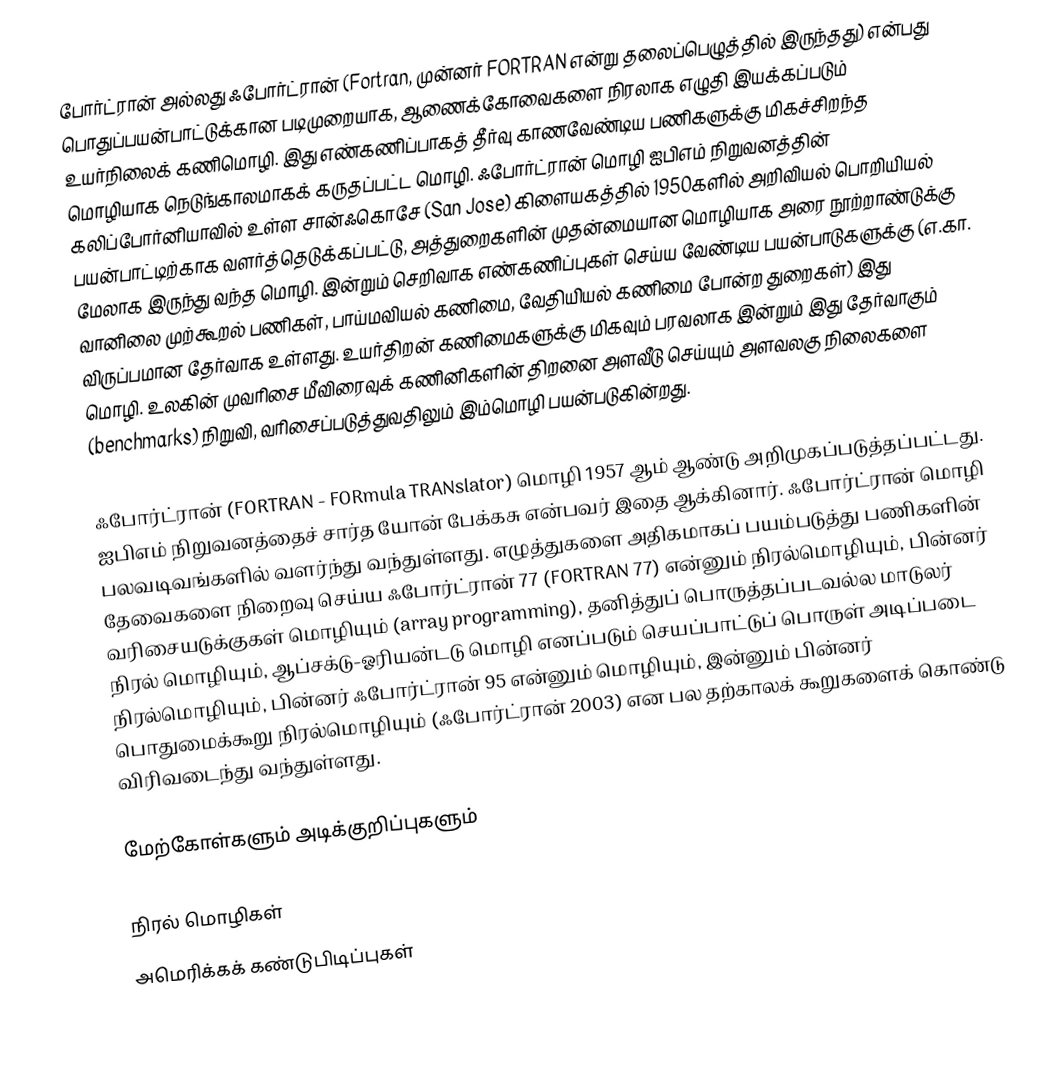
போர்ட்ரான் அல்லது ஃபோர்ட்ரான் (Fortran, முன்னர் FORTRAN என்று தலைப்பெழுத்தில் இருந்தது) என்பது பொதுப்பயன்பாட்டுக்கான படிமுறையாக, ஆணைக்கோவைகளை நிரலாக எழுதி இயக்கப்படும் உயர்நிலைக் கணிமொழி. இது எண்கணிப்பாகத் தீர்வு காணவேண்டிய பணிகளுக்கு மிகச்சிறந்த மொழியாக நெடுங்காலமாகக் கருதப்பட்ட மொழி. ஃபோர்ட்ரான் மொழி ஐபிஎம் நிறுவனத்தின் கலிப்போர்னியாவில் உள்ள சான்ஃகொசே (San Jose) கிளையகத்தில் 1950களில் அறிவியல் பொறியியல் பயன்பாட்டிற்காக வளர்த்தெடுக்கப்பட்டு, அத்துறைகளின் முதன்மையான மொழியாக அரை நூற்றாண்டுக்கு மேலாக இருந்து வந்த மொழி. இன்றும் செறிவாக எண்கணிப்புகள் செய்ய வேண்டிய பயன்பாடுகளுக்கு (எ.கா. வானிலை முற்கூறல் பணிகள், பாய்மவியல் கணிமை, வேதியியல் கணிமை போன்ற துறைகள்) இது விருப்பமான தேர்வாக உள்ளது. உயர்திறன் கணிமைகளுக்கு மிகவும் பரவலாக இன்றும் இது தேர்வாகும் மொழி. உலகின் முவரிசை மீவிரைவுக் கணினிகளின் திறனை அளவீடு செய்யும் அளவலகு நிலைகளை (benchmarks) நிறுவி, வரிசைப்படுத்துவதிலும் இம்மொழி பயன்படுகின்றது.

ஃபோர்ட்ரான் (FORTRAN - FORmula TRANslator) மொழி 1957 ஆம் ஆண்டு அறிமுகப்படுத்தப்பட்டது. ஐபிஎம் நிறுவனத்தைச் சார்த யோன் பேக்கசு என்பவர் இதை ஆக்கினார். ஃபோர்ட்ரான் மொழி பலவடிவங்களில் வளர்ந்து வந்துள்ளது. எழுத்துகளை அதிகமாகப் பயம்படுத்து பணிகளின் தேவைகளை நிறைவு செய்ய ஃபோர்ட்ரான் 77 (FORTRAN 77) என்னும் நிரல்மொழியும், பின்னர் வரிசையடுக்குகள் மொழியும் (array programming), தனித்துப் பொருத்தப்படவல்ல மாடுலர் நிரல் மொழியும், ஆப்சக்டு-ஓரியன்டடு மொழி எனப்படும் செயப்பாட்டுப் பொருள் அடிப்படை நிரல்மொழியும், பின்னர் ஃபோர்ட்ரான் 95 என்னும் மொழியும், இன்னும் பின்னர் பொதுமைக்கூறு நிரல்மொழியும் (ஃபோர்ட்ரான் 2003) என பல தற்காலக் கூறுகளைக் கொண்டு விரிவடைந்து வந்துள்ளது.

மேற்கோள்களும் அடிக்குறிப்புகளும்

நிரல் மொழிகள்
அமெரிக்கக் கண்டுபிடிப்புகள்